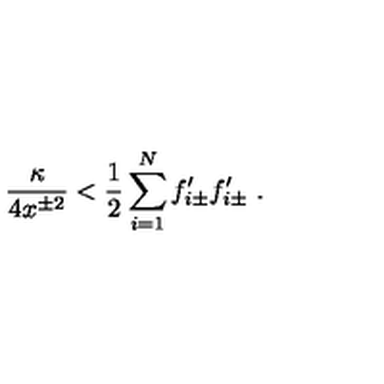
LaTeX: { \frac { \kappa } { 4 x ^ { \pm 2 } } } < { \frac { 1 } { 2 } } \sum _ { i = 1 } ^ { N } f _ { i \pm } ^ { \prime } f _ { i \pm } ^ { \prime } \ .